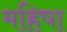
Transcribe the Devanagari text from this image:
महिषा